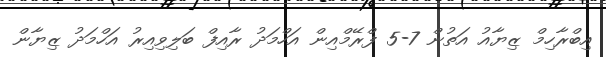
އިބްރާހިމް ޒިޔާއު އަތުން 7-5 ފްރޭމްއިން އަހްމަދު ރާއިފް ބަލިވިއިރު އަހްމަދު ޒިޔާން